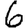
Digit: 6